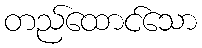
တည်ထောင်သော